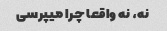
نه، نه واقعا چرا میپرسی